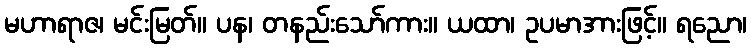
မဟာရာဇ၊ မင်းမြတ်။ ပန၊ တနည်းသော်ကား။ ယထာ၊ ဥပမာအားဖြင့်။ ရညော၊